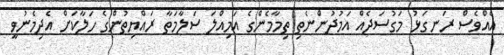
އެއްވެސް ރަނގަޅު މަގުސަދެއް އަމުދުންނެތި ތިމާމެންގެ އަމިއްލަ ސަލާމަތާ ރައްޔިތުންގެ ހަލާކަށް އެދިމެނުވީ